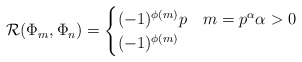
\begin{align*} \mathcal{R}(\Phi_m, \Phi_n) = \begin{cases} (-1)^{\phi(m)} p & m = p^{\alpha} \alpha > 0\\ (-1)^{\phi(m)} &\end{cases}\end{align*}